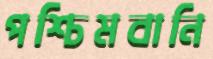
পশ্চিমবানি